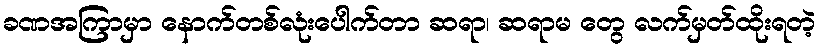
ခဏအကြာမှာ နောက်တစ်လုံးပေါက်တာ ဆရာ၊ ဆရာမ တွေ လက်မှတ်ထိုးရတဲ့